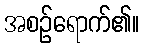
အစဉ်ရောက်၏။